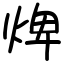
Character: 焷